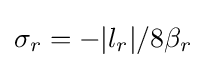
\sigma _{r}=-|l_{r}|/8\beta _{r}